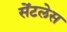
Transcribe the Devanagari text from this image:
सेंटलेस